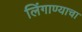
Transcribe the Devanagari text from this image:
लिंगाण्याचा